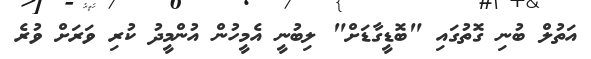
އަތުލް ބުނި ގޮތުގައި "ބޮޑީގާޑަށް" ލިބުނީ އެމީހުން އުންމީދު ކުރި ވަރަށް ވުރެ